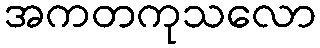
အကတကုသလော